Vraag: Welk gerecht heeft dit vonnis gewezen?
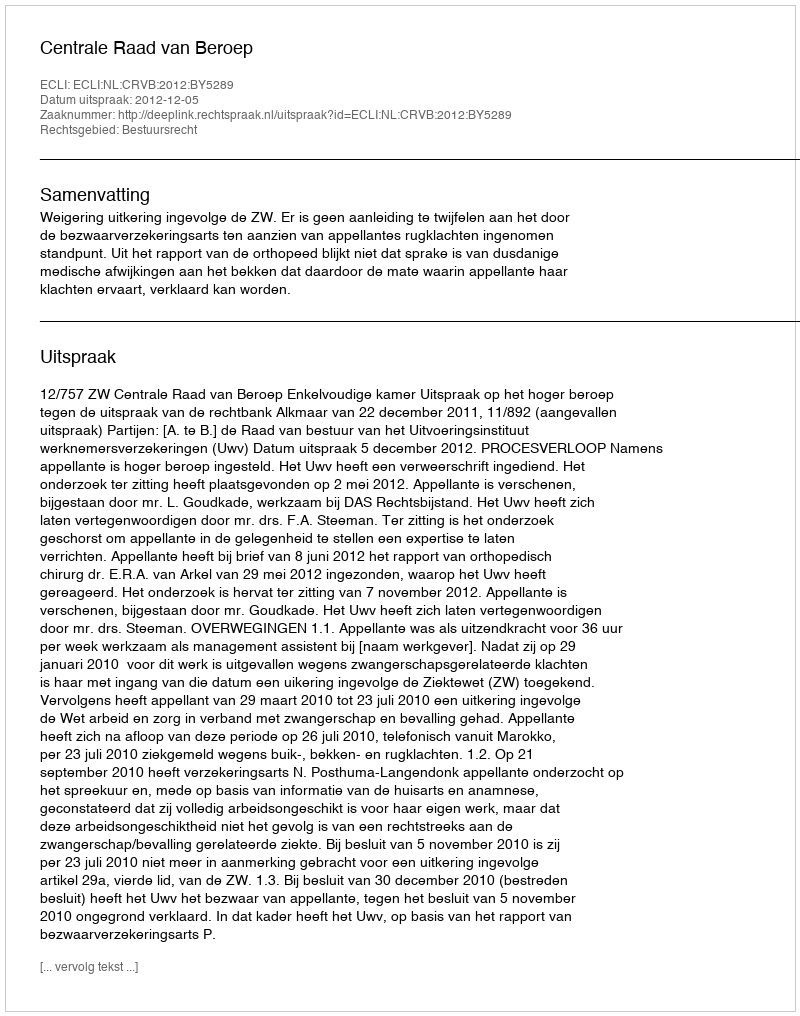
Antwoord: Centrale Raad van Beroep